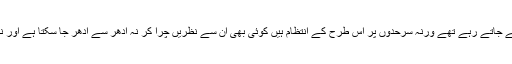
جس کے تحت لوگ ادھر آتے جاتے رہے تھے ورنہ سرحدوں پر اس طرح کے انتظام ہیں کوئی بھی ان سے نظریں چرا کر نہ ادھر سے ادھر جا سکتا ہے اور نہ ادھر سے ادھر آ سکتا ہے۔